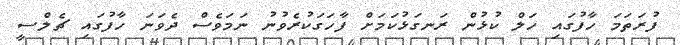
ފުރަތަމަ ހާފުގައި ހަލް ކުޅުން ރަނގަޅުކަމަށް ފާހަގަކުރެވުނު ނަމަވެސް ދެވަނަ ހާފުގައި ޗެލްސީ